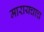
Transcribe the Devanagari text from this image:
मारायचाच